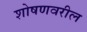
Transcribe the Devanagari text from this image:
शोषणवरील